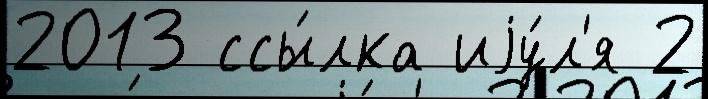
2013 ссы́лка иjу́л'я 2